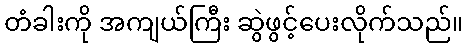
တံခါးကို အကျယ်ကြီး ဆွဲဖွင့်ပေးလိုက်သည်။